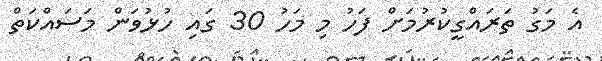
އެ މަގު ތަރައްގީކުރުމަށް ފަހު މި މަހު 30 ގައި ހުޅުވަން މަސައްކަތް